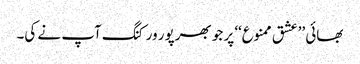
بھائی ’’عشق ممنوع‘‘ پر جو بھرپور ورکنگ آپ نے کی۔